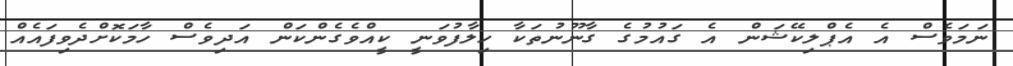
ނަމަވެސް އެ އެޕްލިކޭޝަން އެ ގައުމުގެ ގާނޫނުތަކާ ހިލާފުވަނީ ކީއްވެގެންކަން އަދިވެސް ހާމަކޮށްދެެވިފައެއް